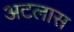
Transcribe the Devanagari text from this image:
अटलास